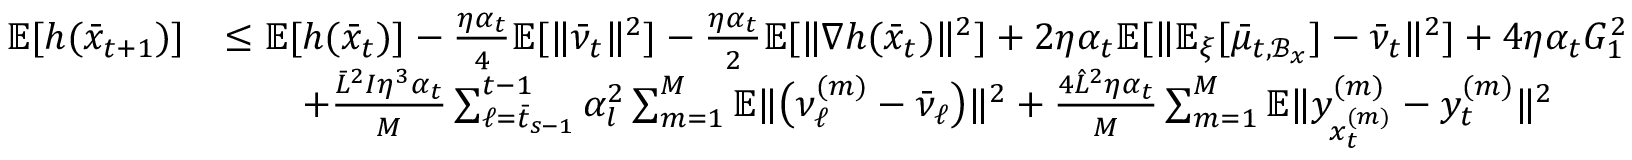
\begin{array} { r l } { \mathbb { E } [ h ( \bar { x } _ { t + 1 } ) ] } & { \leq \mathbb { E } [ h ( \bar { x } _ { t } ) ] - \frac { \eta \alpha _ { t } } { 4 } \mathbb { E } [ \| \bar { \nu } _ { t } \| ^ { 2 } ] - \frac { \eta \alpha _ { t } } { 2 } \mathbb { E } [ \| \nabla h ( \bar { x } _ { t } ) \| ^ { 2 } ] + 2 \eta \alpha _ { t } \mathbb { E } [ \| \mathbb { E } _ { \xi } [ \bar { \mu } _ { t , \mathcal { B } _ { x } } ] - \bar { \nu } _ { t } \| ^ { 2 } ] + 4 \eta \alpha _ { t } G _ { 1 } ^ { 2 } } \\ & { \qquad + \frac { \bar { L } ^ { 2 } I \eta ^ { 3 } \alpha _ { t } } { M } \sum _ { \ell = \bar { t } _ { s - 1 } } ^ { t - 1 } \alpha _ { l } ^ { 2 } \sum _ { m = 1 } ^ { M } \mathbb { E } \| \big ( \nu _ { \ell } ^ { ( m ) } - \bar { \nu } _ { \ell } \big ) \| ^ { 2 } + \frac { 4 \hat { L } ^ { 2 } \eta \alpha _ { t } } { M } \sum _ { m = 1 } ^ { M } \mathbb { E } \| y _ { x _ { t } ^ { ( m ) } } ^ { ( m ) } - y _ { t } ^ { ( m ) } \| ^ { 2 } } \end{array}